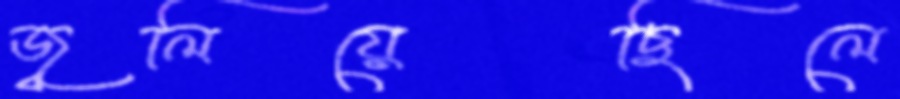
জ্বলিয়েছিলে